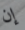
إن